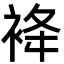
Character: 袶